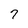
Character: 7